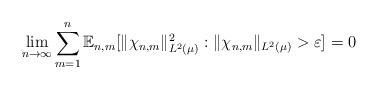
LaTeX: \begin{align*} \lim_{n \to \infty} \sum_{m=1}^n \mathbb{E}_{n,m}[ \|\chi_{n,m} \|_{L^2(\mu)}^2 : \|\chi_{n,m} \|_{L^2(\mu)} > \varepsilon ] = 0\end{align*}